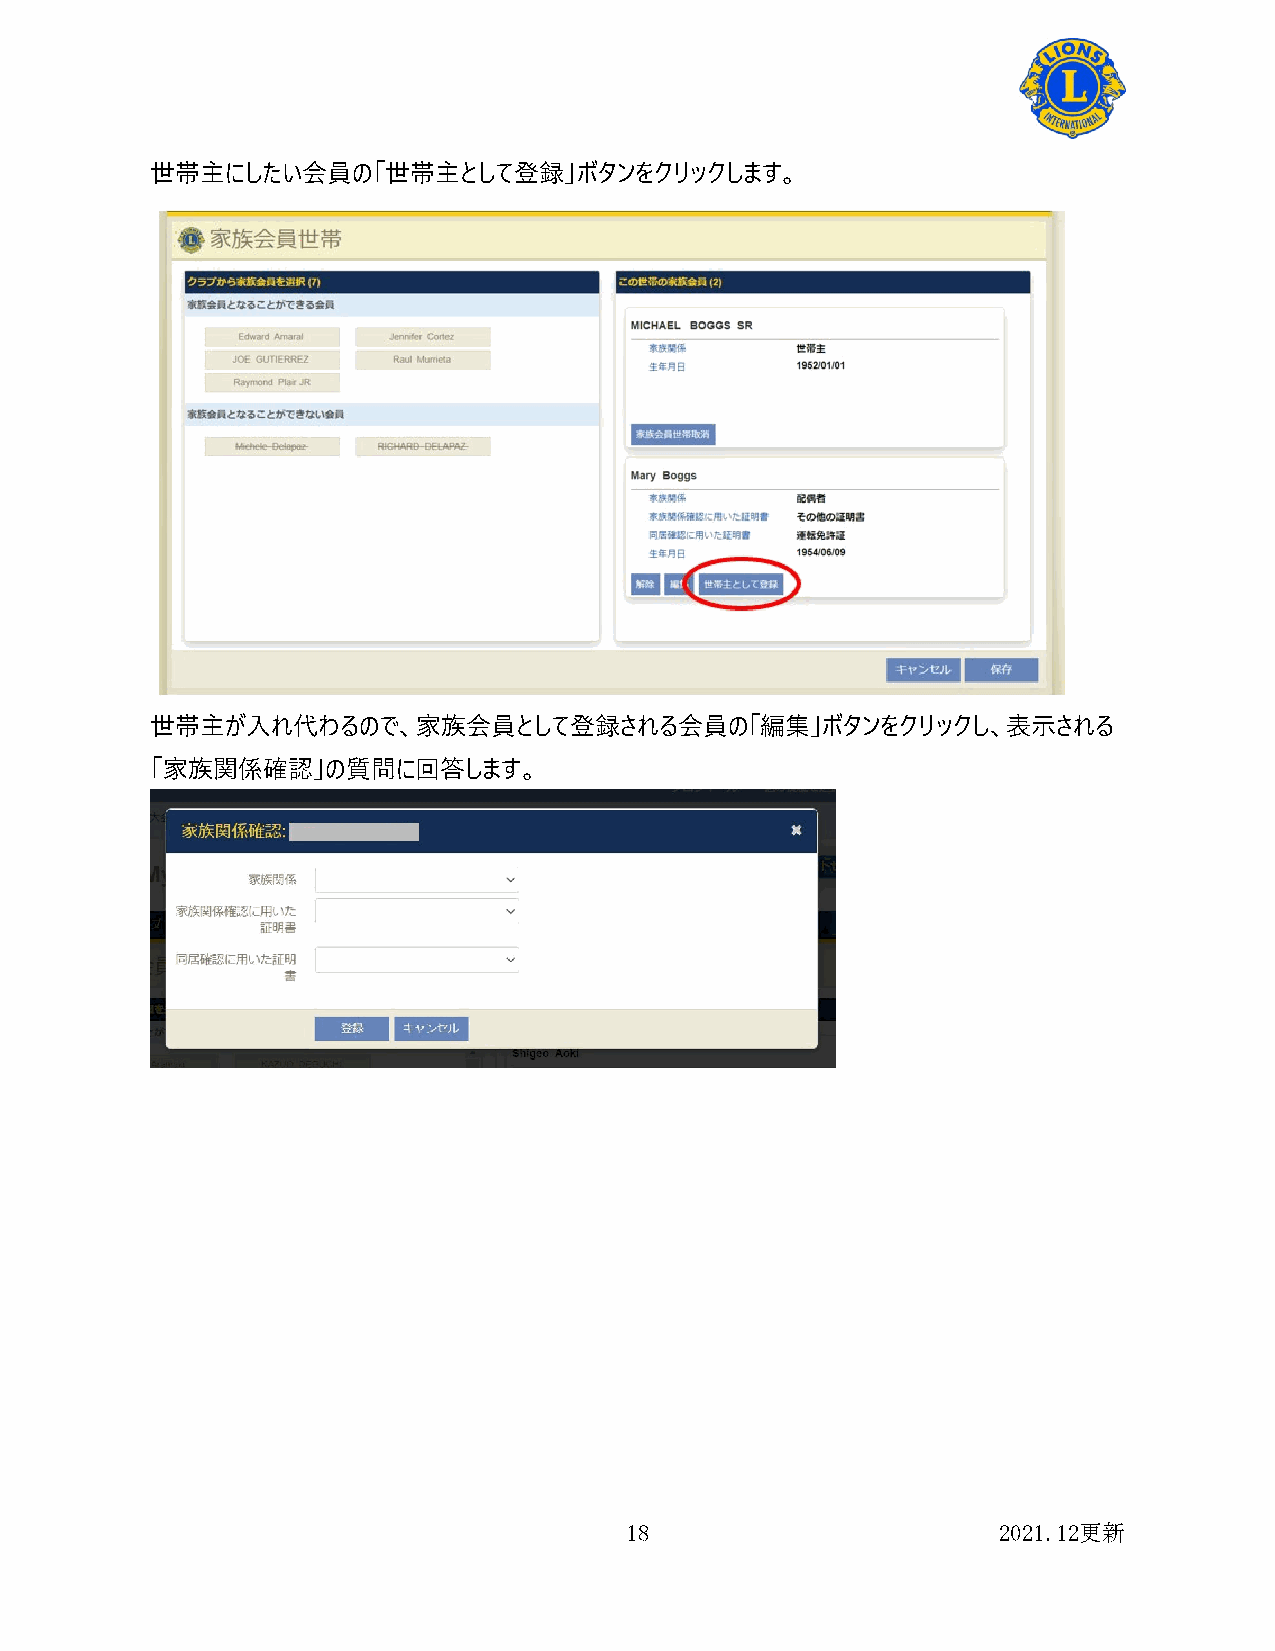
世帯主にしたい会員の「世帯主として登録」ボタンをクリックします。
 世帯主が入れ代わるので、家族会員として登録される会員の「編集」ボタンをクリックし、表示される
 「家族関係確認」の質問に回答します。
 18                       2021.12更新